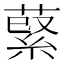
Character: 𦹖